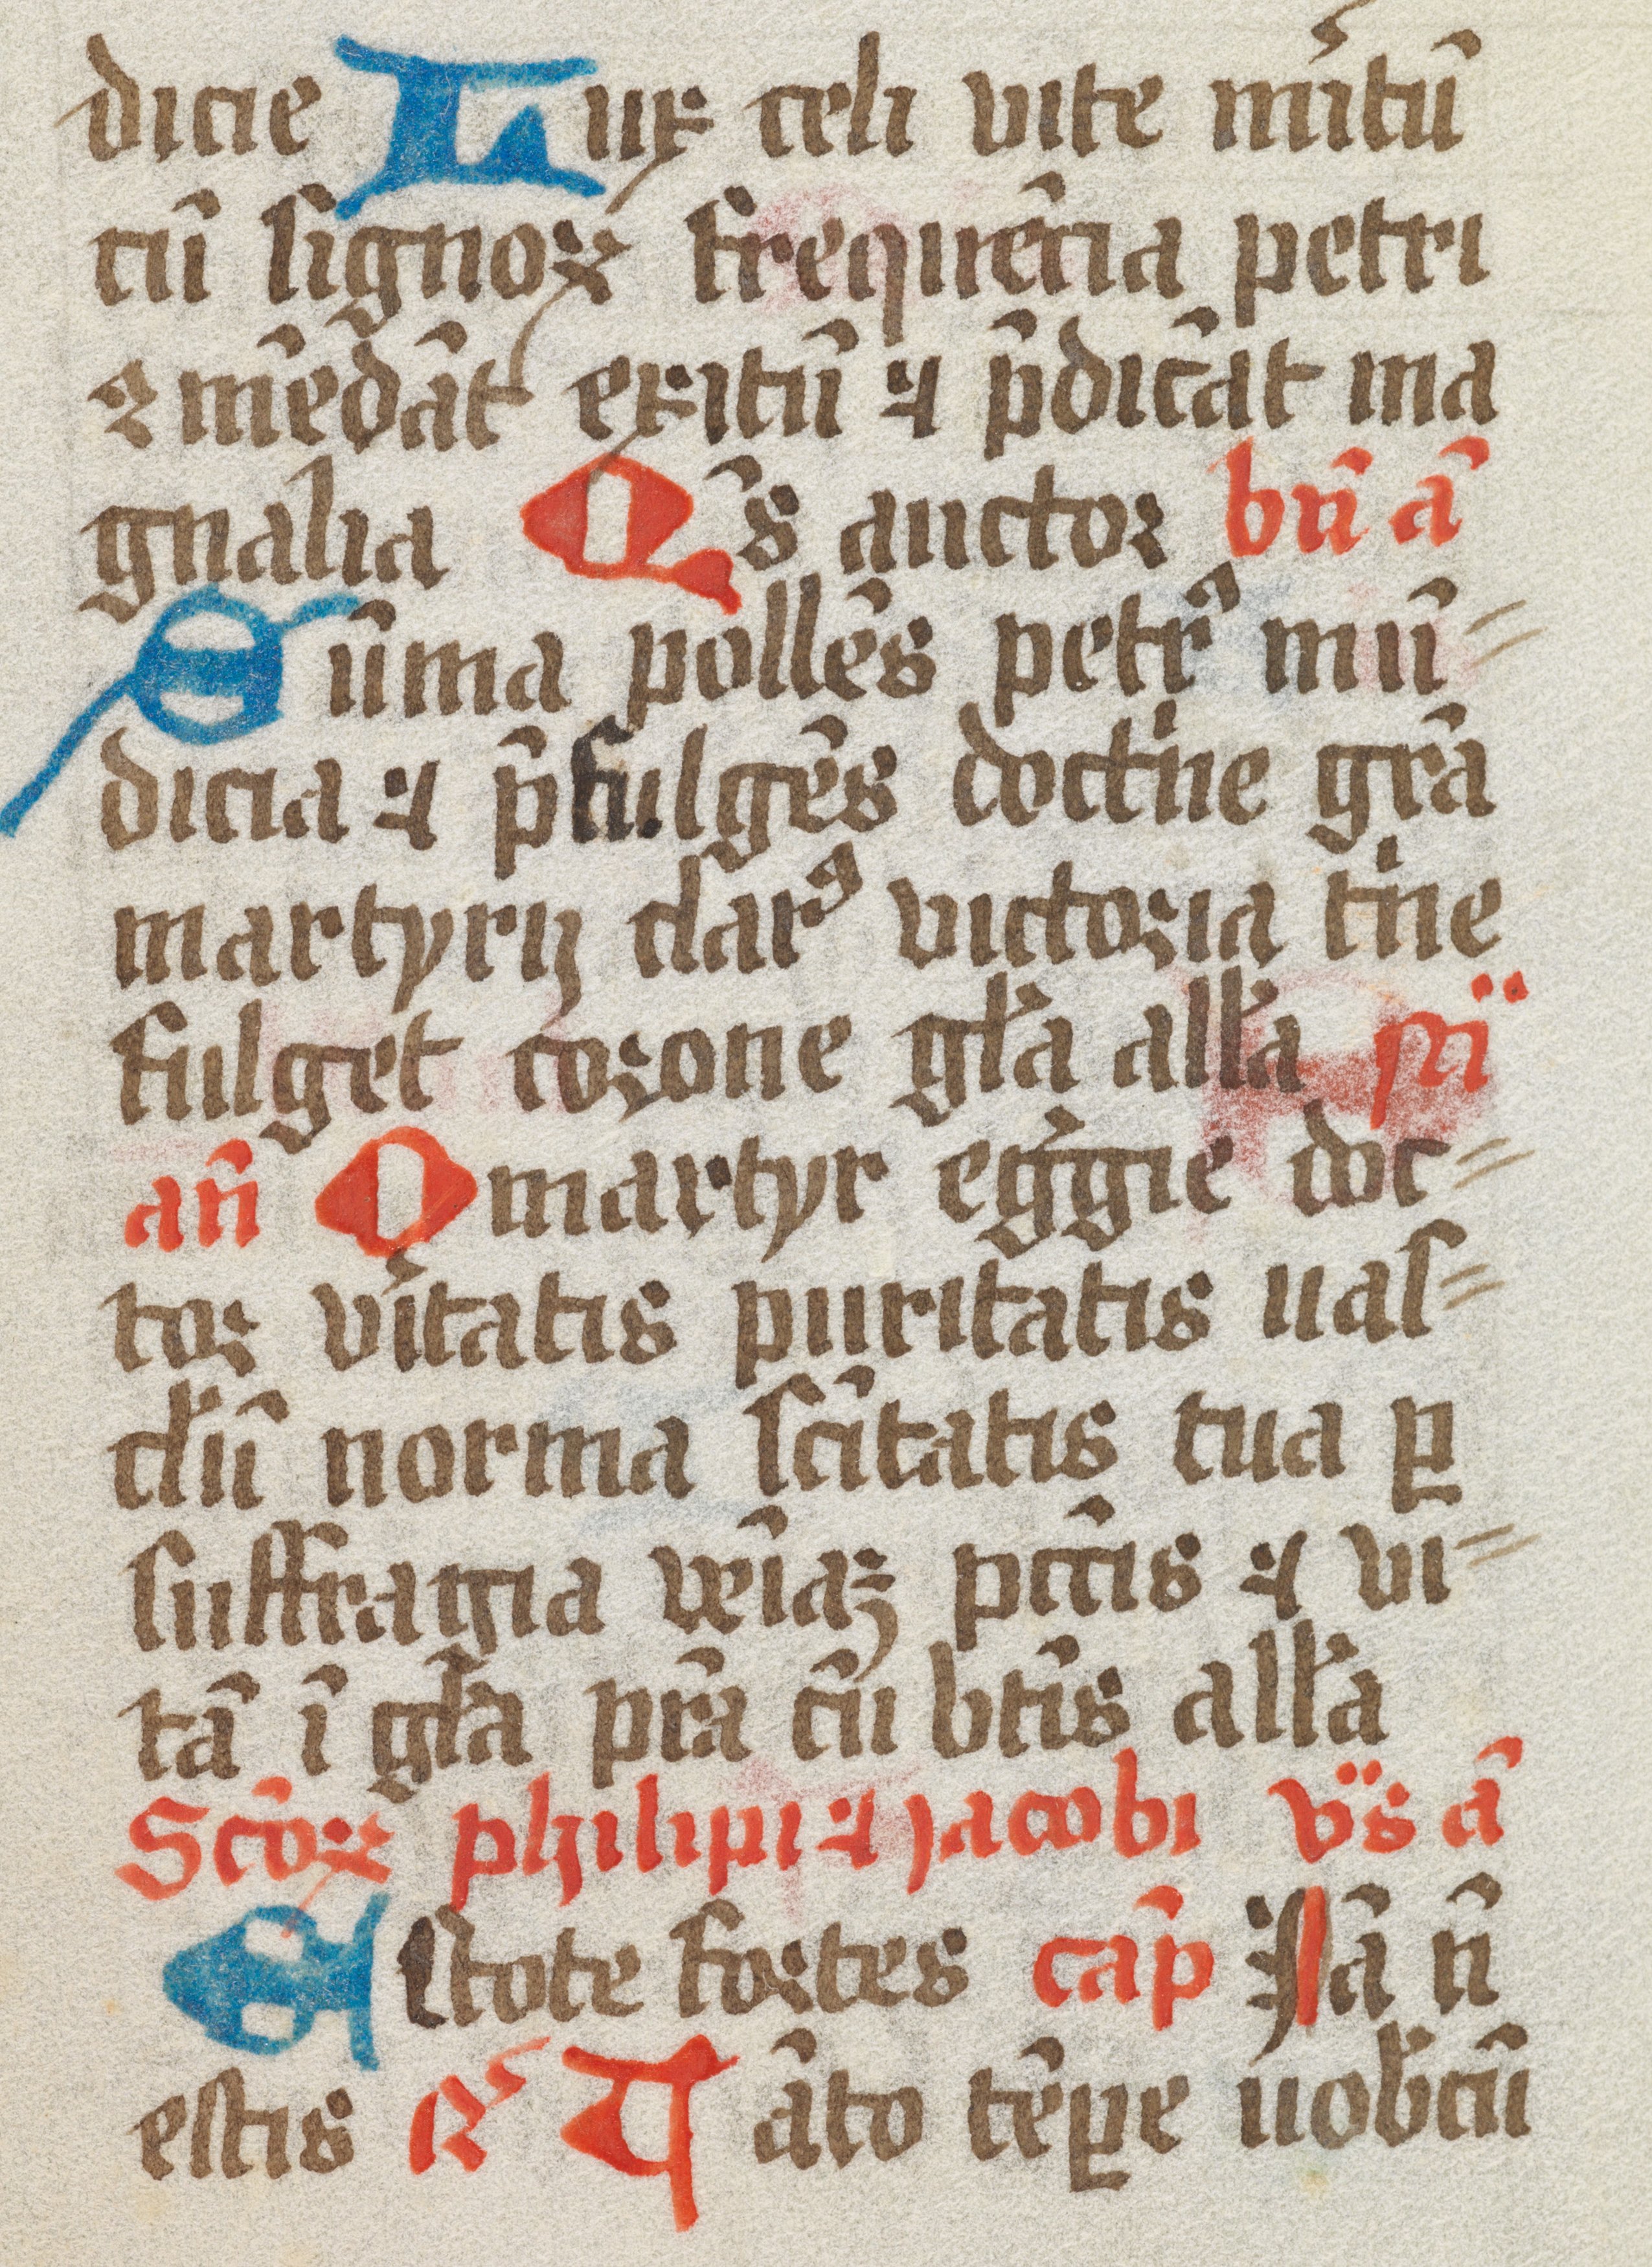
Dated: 1461–1499